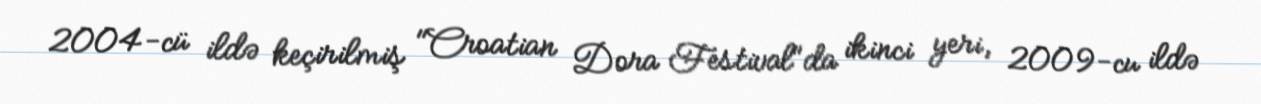
2004-cü ildə keçirilmiş "Croatian Dora Festival"da ikinci yeri, 2009-cu ildə